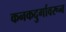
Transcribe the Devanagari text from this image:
कनकदुर्गावरून